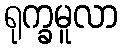
ရုက္ခမူလာ